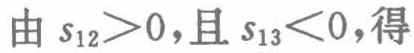
由 \(s_{12}>0\)，且 \(s_{13}<0\)，得